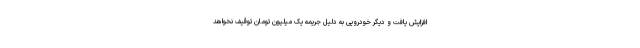
افزایش یافت و دیگر خودرویی به دلیل جریمه یک میلیون تومان توقیف نخواهد